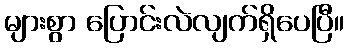
များစွာ ပြောင်းလဲလျက်ရှိပေပြီ။